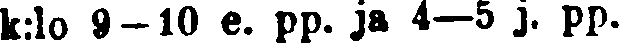
k:lo 9—10 e. pp. ja 4—5 j. pp.